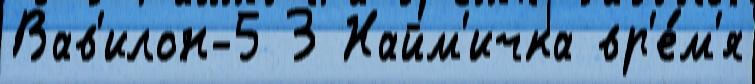
Вав'илон-5 3 Найм'ичка вр'е́м'я